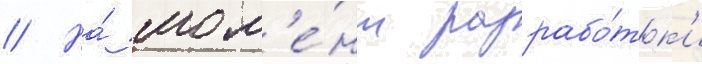
// На́ мом'е́нт разрабо́тк'и